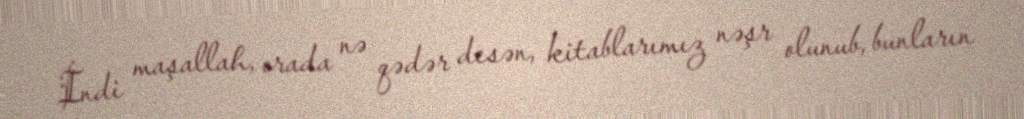
İndi maşallah, orada nə qədər desən, kitablarımız nəşr olunub, bunların